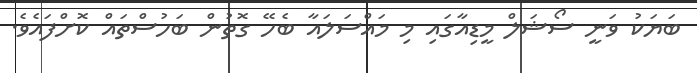
ބަޔަކު ވަނީ ސޯޝަލް މީޑިއާގައި މި މައްސަލައާ ބެހޭ ގޮތުން ބަހުސްތައް ކޮށްފައެވެ.